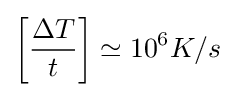
\left[{\frac {\Delta T}{t}}\right]\simeq 10^{6}K/s